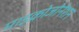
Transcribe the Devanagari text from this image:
माइक्रोजोनेशन